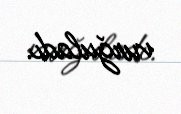
vurğuladı.